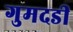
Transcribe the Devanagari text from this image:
गुमदडी